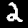
Label: 2